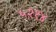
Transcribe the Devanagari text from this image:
५२१४